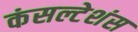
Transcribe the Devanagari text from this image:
कंसल्टेशंस